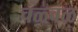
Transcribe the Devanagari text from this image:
चळ्वळ